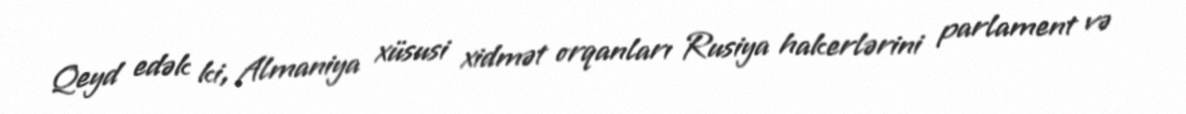
Qeyd edək ki, Almaniya xüsusi xidmət orqanları Rusiya hakerlərini parlament və